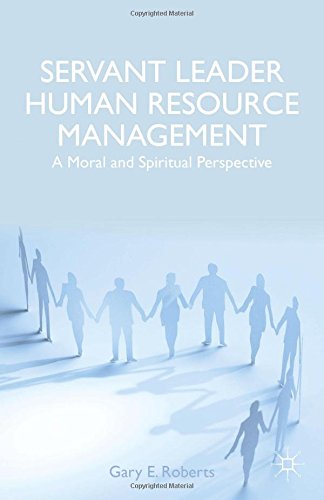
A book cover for Servant Leader Human Resource Management: A Moral and Spiritual Perspective; Gary E. Roberts; Business & Money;